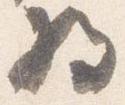
将